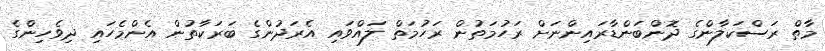
މާތް ރަސްކަލާންގެ ދޮންބަންޑާރައިންނަށް ރަހުމަތުން ރަހުމަތް ލައްވައި އެރަދުންގެ ބަރަކާތުން އެންމެހައި ދިވެހިންގެ